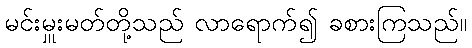
မင်းမှူးမတ်တို့သည် လာရောက်၍ ခစားကြသည်။